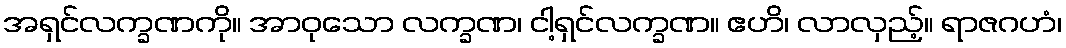
အရှင်လက္ခဏကို။ အာဝုသော လက္ခဏ၊ ငါ့ရှင်လက္ခဏ။ ဧဟိ၊ လာလှည့်။ ရာဇဂဟံ၊